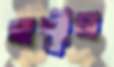
অশ্লীল